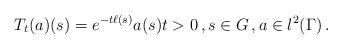
LaTeX: \begin{align*}T_t (a)(s)=e^{-t\ell(s)}a(s)t>0\,,s\in G\,,a\in l^2(\Gamma)\, .\end{align*}